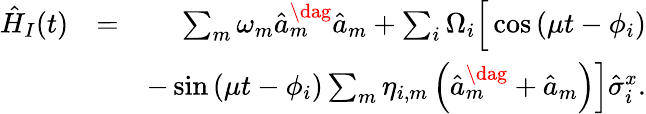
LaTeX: \begin{array}{rlr}{\hat{H}_{I}(t)}&{=}&{\sum_{m}\omega_{m}\hat{a}_{m}^{\dag}\hat{a}_{m}+\sum_{i}\Omega_{i}\Big[\cos\left(\mu t-\phi_{i}\right)}\\ &{}&{-\sin\left(\mu t-\phi_{i}\right)\sum_{m}\eta_{i,m}\left(\hat{a}_{m}^{\dag}+\hat{a}_{m}\right)\Big]\hat{\sigma}_{i}^{x}.}\end{array}